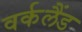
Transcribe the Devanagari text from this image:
वर्कलैंड